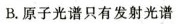
B.原子光谱只有发射光谱